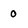
Character: 0